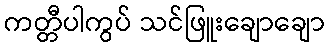
ကတ္တီပါကွပ် သင်ဖြူးချောချော